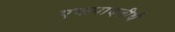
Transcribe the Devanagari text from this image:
एकपादतीर्थ